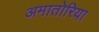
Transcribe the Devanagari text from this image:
अमातोरिया